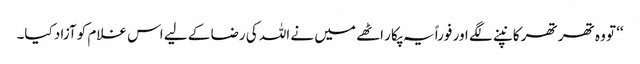
‘‘ تو وہ تھر تھر کانپنے لگے اور فوراً یہ پکار اٹھے میں نے اللہ کی رضا کے لیے اس غلام کو آزاد کیا۔